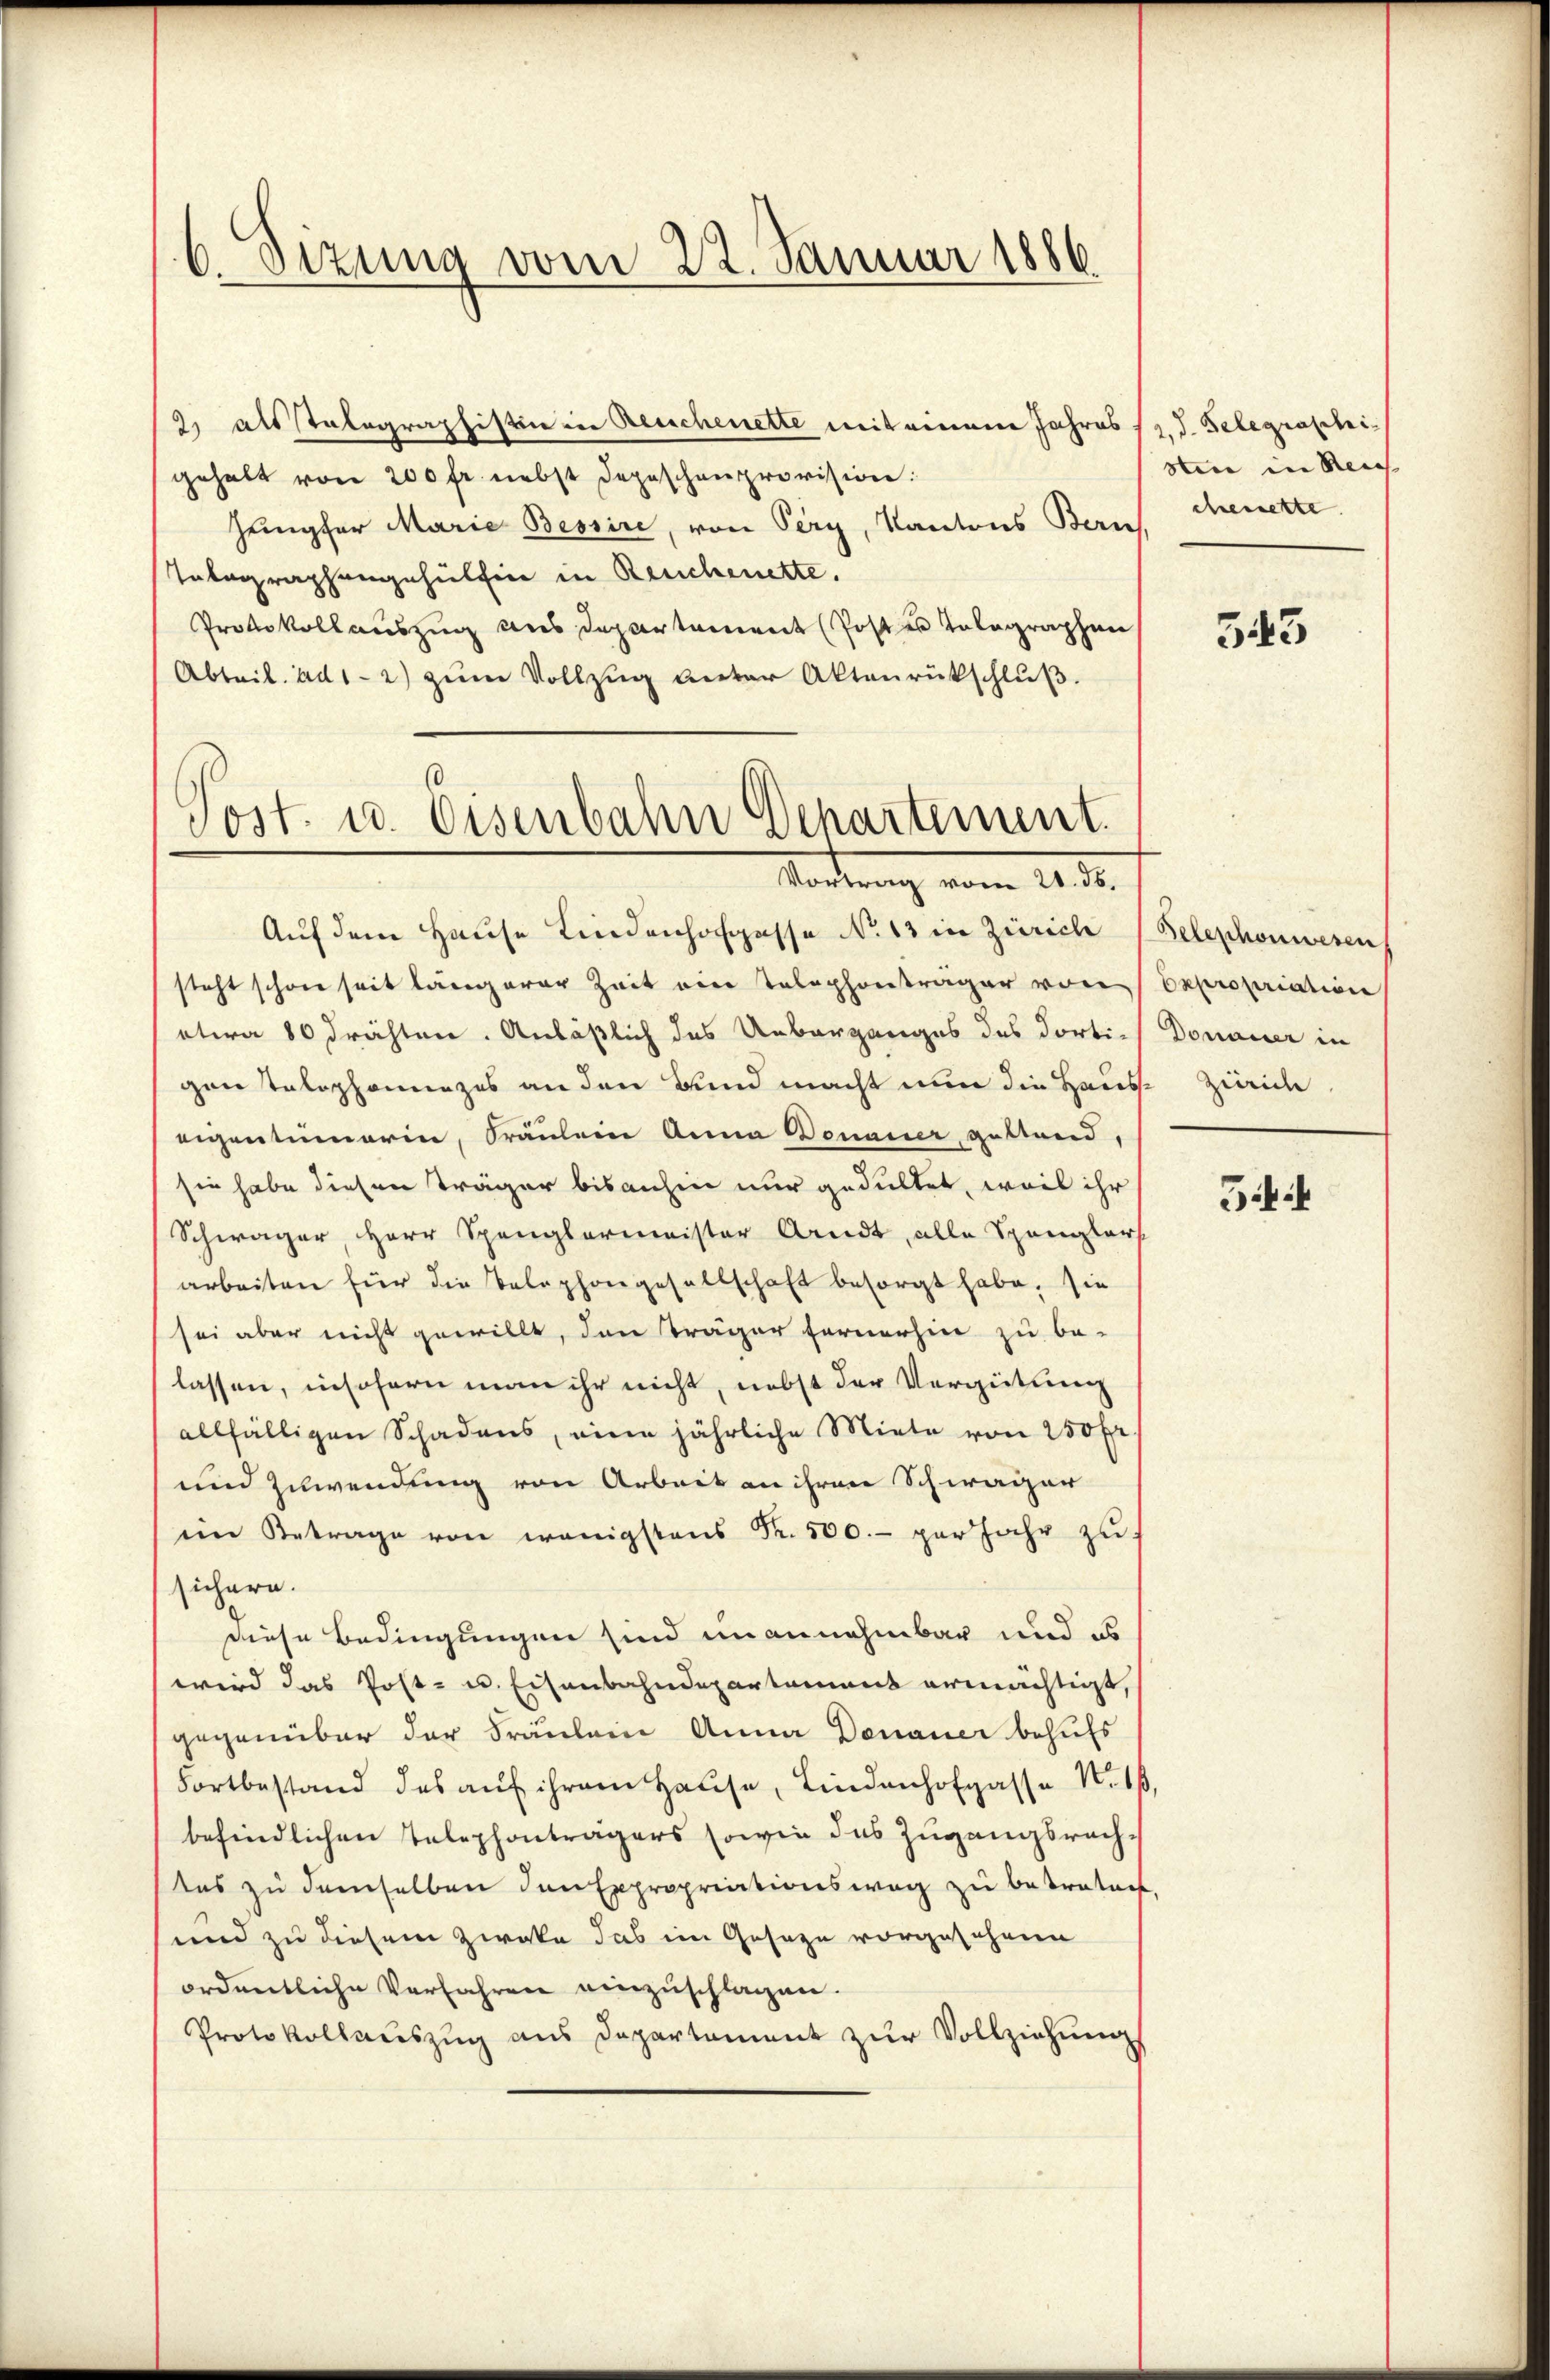
2, als talographistin in Deuchenette mit einem Jahres s. d. Telegraphigehalt von 200 fr. nebst Depeschenprovision:
hempfer Marie Bessire, von Pery, Kantons Berns. Menette
Totographengehülfen in Reichenette.
Protokollauszug aus Departement (Poster Telegraphen
Abteil. ad 1 - 2) zum Vollzug unter Aktenrückschluß.

6. Setzung vom 22. Januar 1886

Post. u. Eisenbahn Departement.
Todung vom 2. d.

Auf dem Hause Lindenhofgasse No 13 in Zürich
steht schon seit längerer Zeit ein Telephontrager von
etwa 80 drähten. Anläßlich des Ueberganges des dorti-Donauer in
gen telephonnezes an den Bund macht nun die Hauseigentümerin, Fräulein Anna Donauer gestand,
sie habe diesen Träger bisanhin nur gedultet, weil ihr
Schwager Herr Spanglermeister Arndt, alle Spanglers
arbeiten für die Telephongesellschaft besorgt habe, sie
sei aber nicht gewillt, den Träger fernerhin zu be-
lassen, insofern man ihr nicht, nebst der Vergütung
allfälligen Schadens, eine jährliche Miete von 250 fr.
und Zuwendung von Arbeit an ihren Schwarzer
eim Betrage von wenigstens Fr. 500.- per Jahr zu
sichern.
diese Bedingungen sind unannehmbar und es
wird das Post- u. Eisenbahndepartamens ermächtigt,
gegenüber der Fräulein Anna Donauer behufs
Fortbestand des aŭf ihrem Hause, Lindanhofgasse N. 1
befindlichen Telephonträgers sowie das Zugangsrechdas zu demselben den Expropriationsweg zu bestratent
und zu diesem Zweke das im Geseze vorgesehene
ordentliche Verfahren einzuschlagen.
Protokollauszug aus Departament zur Vollziehung

Stere in Reich |

543

Telephonwesen
Expropriation
 Zürich

54